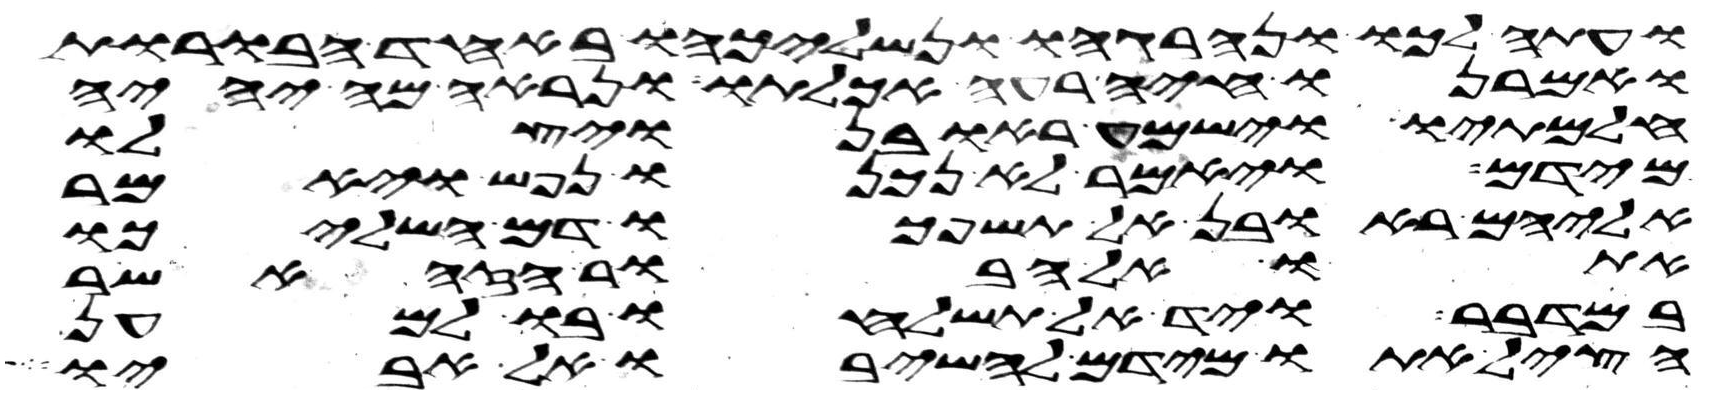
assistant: ועתה לכו ונהרגהו ונשליכהו באחד הבורות
ואמרנו חיה רעה אכלתו ונראה מה יהיה
חלמתיו וישמע ראובן ויצלו
מידם ויאמר לא נכנו נפש ויאמר
אליהם ראובן אל תשפכו דם השליכו
אתו אל הבור הזה אשר
במדבר ויד אל תשלחו בו למען
הציל אתו מידם להשיבו אל אביו